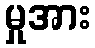
မှုအား